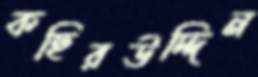
কছিরউদ্দিন